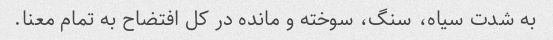
به شدت سیاه، سنگ، سوخته و مانده در کل افتضاح به تمام معنا.